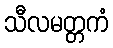
သီလမတ္တကံ